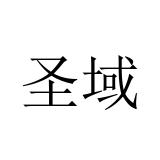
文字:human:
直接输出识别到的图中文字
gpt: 圣域